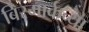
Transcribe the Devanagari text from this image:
बिस्मार्कच्या